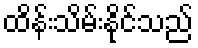
ထိန်းသိမ်းနိုင်သည်